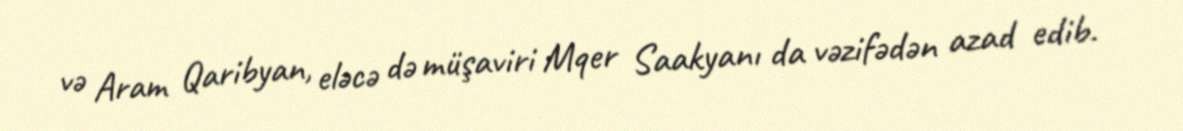
və Aram Qaribyan, eləcə də müşaviri Mqer Saakyanı da vəzifədən azad edib.